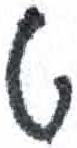
אות: ט